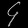
Digit: ၄